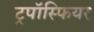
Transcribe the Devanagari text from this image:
ट्रपॉस्फियर